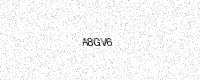
Text: A8GV6